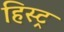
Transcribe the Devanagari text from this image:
हिस्ट्र